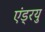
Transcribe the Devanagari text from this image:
एंड्रयु